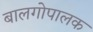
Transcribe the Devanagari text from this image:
बालगोपालक